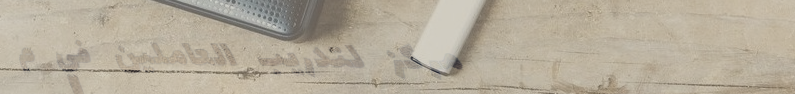
مركز لتدريب العاملين في م